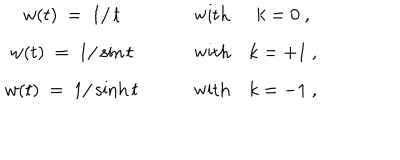
LaTeX: \begin{array} { c c c c } { { w ( t ) ~ = ~ 1 / \, t } } & { { \quad } } & { { \mathrm { w i t h } } } & { { k = 0 ~ , } } \\ { { w ( t ) ~ = ~ 1 / \sin t } } & { { \quad } } & { { \mathrm { w i t h } } } & { { k = + 1 ~ , } } \\ { { w ( t ) ~ = ~ 1 / \sinh t } } & { { \quad } } & { { \mathrm { w i t h } } } & { { k = - 1 ~ , } } \\ \end{array}